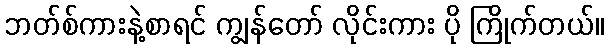
ဘတ်စ်ကားနဲ့စာရင် ကျွန်တော် လိုင်းကား ပို ကြိုက်တယ်။